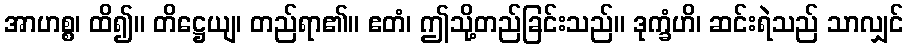
အာဟစ္စ၊ ထိ၍။ တိဋ္ဌေယျ၊ တည်ရာ၏။ ဧတံ၊ ဤသို့တည်ခြင်းသည်။ ဒုက္ခံဟိ၊ ဆင်းရဲသည် သာလျှင်